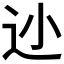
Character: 𲅌